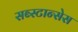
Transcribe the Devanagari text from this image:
सब्स्टान्सेस